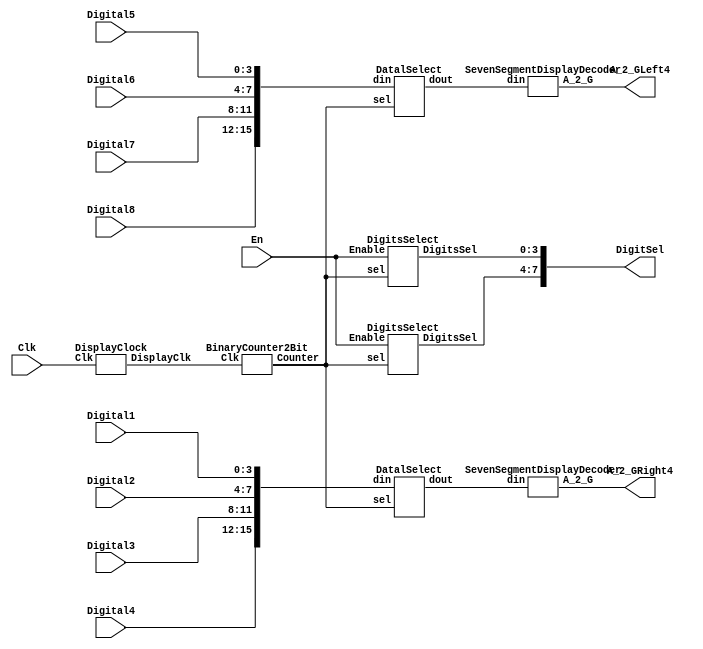
`timescale 1ns / 1ps
//////////////////////////////////////////////////////////////////////////////////
// Company: 
// Engineer: 
// 
// Design Name: 
// Module Name: Display
// Project Name: 
// Target Devices: 
// Tool Versions: 
// Description: 
// 
// Dependencies: 
// 
// Revision:
// Revision 0.01 - File Created
// Additional Comments:
// 
//////////////////////////////////////////////////////////////////////////////////


module Display(
    input Clk,//clock input,100MHz,P17
    input En,//enable input if==0,no display;
    input [3:0] Digital1,//the 1st from left LED digital diplay  input, the value can be from 0000-1111B
    input [3:0] Digital2,//the 2rd from left LED digital disple, so as the followings
    input [3:0] Digital3,
    input [3:0] Digital4,
    input [3:0] Digital5,
    input [3:0] Digital6,
    input [3:0] Digital7,
    input [3:0] Digital8,
    output[7:0] DigitSel,
    output [6:0] A_2_GRight4,//the right 4  senven segment display value, A_2_G[6] is refer to G segment,
    output [6:0] A_2_GLeft4//the left 4 seven sement display value;
    );
    wire DisplayClk;
    wire [1:0] Counter2bit;
    wire [3:0] dinLeft4,dinRight4;
    
    
  DisplayClock U1(.Clk(Clk),
                  .DisplayClk(DisplayClk));
                  
  BinaryCounter2Bit U2(.Clk(DisplayClk),
                    .Counter(Counter2bit));
               
  SevenSegmentDisplayDecoder U3(.din(dinLeft4),
                                .A_2_G(A_2_GLeft4));
  SevenSegmentDisplayDecoder U4(.din(dinRight4),
                                .A_2_G(A_2_GRight4));                     
 
 DatalSelect U5(.din({Digital8,Digital7,Digital6,Digital5}), 
                .sel(Counter2bit),
                .dout(dinLeft4));
 
  DatalSelect U6(.din({Digital4,Digital3,Digital2,Digital1}), 
                .sel(Counter2bit),
                .dout(dinRight4));
                
 DigitsSelect U7(.sel(Counter2bit),
              .Enable(En),
               .DigitsSel(DigitSel[7:4]));                  
                
 DigitsSelect U8(.sel(Counter2bit),
              .Enable(En),
               .DigitsSel(DigitSel[3:0]));                 
 endmodule

module DisplayClock(
    input Clk,
    output DisplayClk
    );
    reg [17:0] d;
    always @(posedge Clk)
    begin
    d<=d+1;
    end
    assign DisplayClk=d[17];
endmodule

module BinaryCounter2Bit(
     input Clk,
     output reg [1:0] Counter
     );
      
     always @(posedge Clk)
     begin
     Counter<=Counter+1;
     end
 endmodule
 
 module SevenSegmentDisplayDecoder(
        input [3:0]din,
        output reg [6:0]A_2_G
        );
      always @(*)
      begin
      case(din)
      4'h0:A_2_G<=7'h3F;              
      4'h1:A_2_G<=7'h06;
      4'h2:A_2_G<=7'h5B;
      4'h3:A_2_G<=7'h4F;
      4'h4:A_2_G<=7'h66;
      4'h5:A_2_G<=7'h6D;
      4'h6:A_2_G<=7'h7D;
      4'h7:A_2_G<=7'h07;
      4'h8:A_2_G<=7'h7F;
      4'h9:A_2_G<=7'h6F;
      4'hA:A_2_G<=7'h77;
      4'hB:A_2_G<=7'h5E;//7C;
      4'hC:A_2_G<=7'h40;//39;
      4'hD:A_2_G<=7'h73;//5E;
      4'hE:A_2_G<=7'h79;
      4'hF:A_2_G<=7'h71;
      default:
      A_2_G<=7'h00;
      endcase
      end
 endmodule
 
 module DatalSelect(
        input [15:0]din,
        input [1:0]sel,
        output reg [3:0]dout
        );
       always @(*)
       begin
        case(sel)
        2'b00:dout=din[3:0];
        2'b01:dout=din[7:4];
        2'b10:dout=din[11:8];
        2'b11:dout=din[15:12];
        default:
        dout=0;
        endcase
       end        
  endmodule
 
 module  DigitsSelect(
         input [1:0]sel,
         input Enable,
         output reg [3:0]DigitsSel
         );      
    
        always @(*)
        begin
        if(Enable)
        begin
            case(sel)
             2'b00:DigitsSel=4'b0001;
             2'b01:DigitsSel=4'b0010;
             2'b10:DigitsSel=4'b0100;
             2'b11:DigitsSel=4'b1000;
             default
             DigitsSel=4'b0000;
             endcase
        end
        else
        DigitsSel=4'b0000;
        end
  endmodule